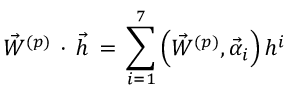
{ \vec { W } } ^ { ( p ) } \, \cdot \, { \vec { h } } \, = \, \sum _ { i = 1 } ^ { 7 } \left( { \vec { W } } ^ { ( p ) } , { \vec { \alpha } _ { i } } \right) h ^ { i }